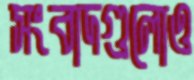
সংবাদগুলোও